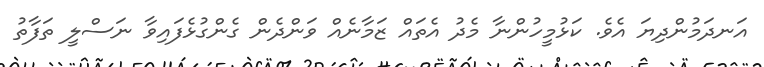
އަނދަމުންދިޔަ އެވެ. ކަޅުމީހުންނާ މެދު އެތައް ޒަމާނެއް ވަންދެން ގެންގުޅެފައިވާ ނަސްލީ ތަފާތު